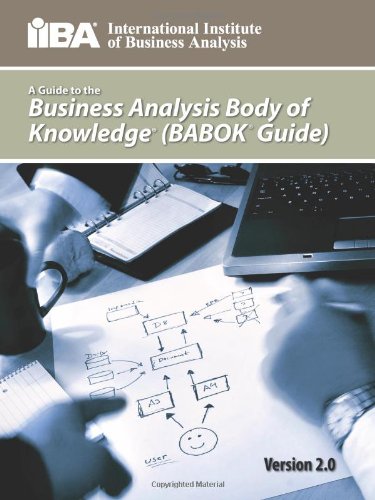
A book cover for A Guide to the Business Analysis Body of Knowledge(r) (Babok(r) Guide); IIBA; Business & Money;